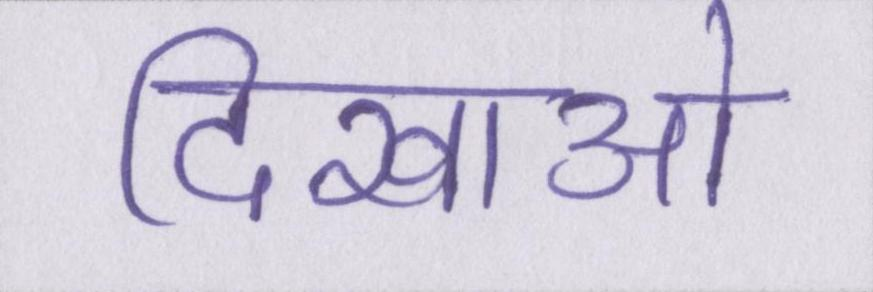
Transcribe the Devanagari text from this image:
दिखाओ